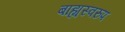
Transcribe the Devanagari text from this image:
बाह्यस्वरुप